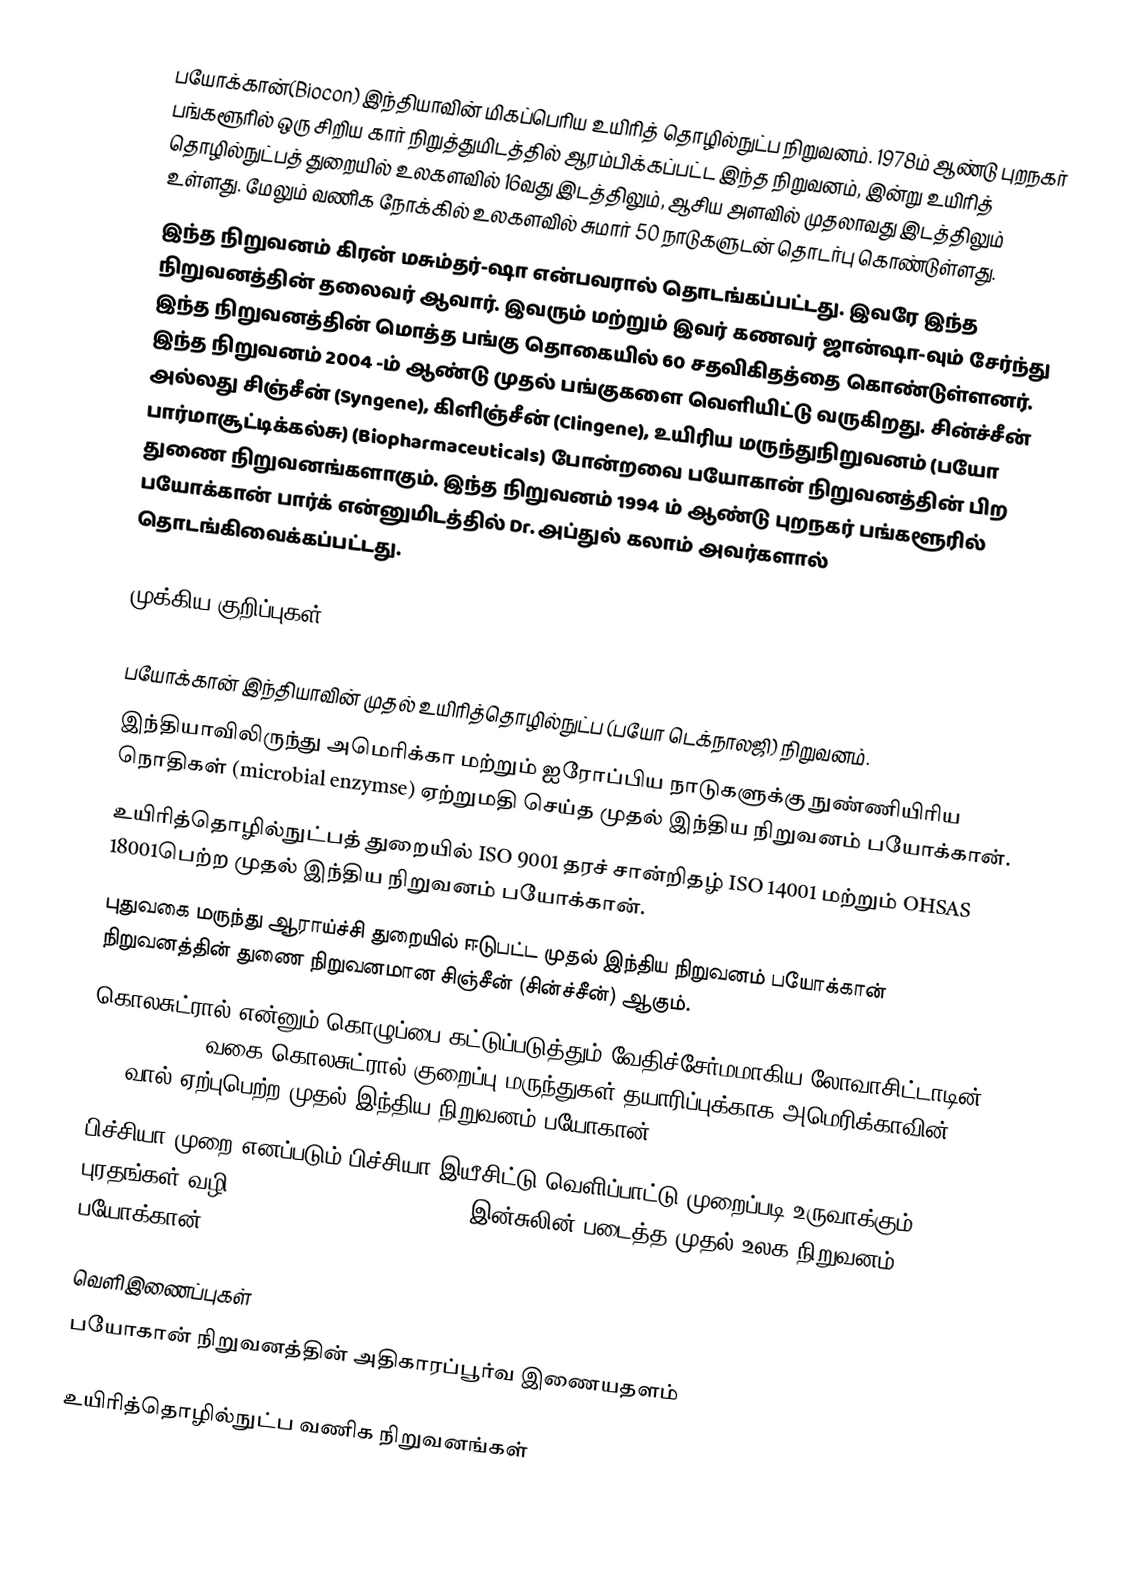
பயோக்கான்(Biocon) இந்தியாவின் மிகப்பெரிய உயிரித் தொழில்நுட்ப நிறுவனம். 1978ம் ஆண்டு  புறநகர் பங்களூரில் ஒரு சிறிய  கார் நிறுத்துமிடத்தில் ஆரம்பிக்கப்பட்ட இந்த நிறுவனம், இன்று உயிரித் தொழில்நுட்பத் துறையில்  உலகளவில் 16வது இடத்திலும், ஆசிய அளவில் முதலாவது இடத்திலும் உள்ளது.  மேலும் வணிக நோக்கில் உலகளவில் சுமார் 50 நாடுகளுடன் தொடர்பு கொண்டுள்ளது.
இந்த நிறுவனம் கிரன் மசும்தர்-ஷா என்பவரால் தொடங்கப்பட்டது. இவரே இந்த நிறுவனத்தின் தலைவர் ஆவார். இவரும் மற்றும் இவர் கணவர் ஜான்ஷா-வும் சேர்ந்து இந்த நிறுவனத்தின் மொத்த பங்கு தொகையில் 60 சதவிகிதத்தை கொண்டுள்ளனர். இந்த நிறுவனம் 2004 -ம் ஆண்டு முதல் பங்குகளை வெளியிட்டு வருகிறது. சின்ச்சீன் அல்லது சிஞ்சீன் (Syngene), கிளிஞ்சீன் (Clingene), உயிரிய மருந்துநிறுவனம் (பயோ பார்மாசூட்டிக்கல்சு) (Biopharmaceuticals) போன்றவை பயோகான் நிறுவனத்தின் பிற துணை நிறுவனங்களாகும். இந்த நிறுவனம் 1994 ம் ஆண்டு புறநகர் பங்களூரில் பயோக்கான் பார்க் என்னுமிடத்தில் Dr. அப்துல் கலாம் அவர்களால் தொடங்கிவைக்கப்பட்டது.

முக்கிய குறிப்புகள்

பயோக்கான் இந்தியாவின் முதல் உயிரித்தொழில்நுட்ப (பயோ டெக்நாலஜி) நிறுவனம்.
இந்தியாவிலிருந்து அமெரிக்கா மற்றும் ஐரோப்பிய நாடுகளுக்கு நுண்ணியிரிய நொதிகள் (microbial enzymse) ஏற்றுமதி செய்த முதல் இந்திய நிறுவனம் பயோக்கான்.
உயிரித்தொழில்நுட்பத் துறையில் ISO 9001 தரச் சான்றிதழ் ISO 14001 மற்றும் OHSAS 18001பெற்ற முதல் இந்திய நிறுவனம் பயோக்கான்.
புதுவகை மருந்து ஆராய்ச்சி துறையில் ஈடுபட்ட முதல் இந்திய நிறுவனம் பயோக்கான் நிறுவனத்தின் துணை நிறுவனமான சிஞ்சீன் (சின்ச்சீன்) ஆகும்.
கொலசுட்ரால் என்னும் கொழுப்பை கட்டுப்படுத்தும் வேதிச்சேர்மமாகிய லோவாசிட்டாடின் (lovastatin) வகை கொலசுட்ரால்-குறைப்பு மருந்துகள் தயாரிப்புக்காக அமெரிக்காவின் US FDA-வால் ஏற்புபெற்ற முதல் இந்திய நிறுவனம் பயோகான்.
பிச்சியா முறை எனப்படும் பிச்சியா இயீசிட்டு வெளிப்பாட்டு முறைப்படி உருவாக்கும் புரதங்கள் வழி (Pichia expression system) இன்சுலின் படைத்த முதல் உலக நிறுவனம் பயோக்கான்.

வெளிஇணைப்புகள்
பயோகான் நிறுவனத்தின் அதிகாரப்பூர்வ இணையதளம்

உயிரித்தொழில்நுட்ப வணிக நிறுவனங்கள்